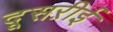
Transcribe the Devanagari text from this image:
दूसऱीई